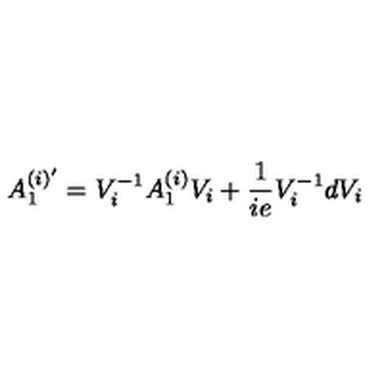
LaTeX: A _ { 1 } ^ { ( i ) ^ { \prime } } = V _ { i } ^ { - 1 } A _ { 1 } ^ { ( i ) } V _ { i } + \frac { 1 } { i e } V _ { i } ^ { - 1 } d V _ { i }